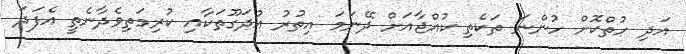
އަދި ހުތްކޮށް ހުންނަ ތަކެތި ކުއްޖާއަށް ދޭނަމަ އިތުރު އުދަގޫތަކާއި ކުރިމަތިވެދާނެތީ އެފަދަ